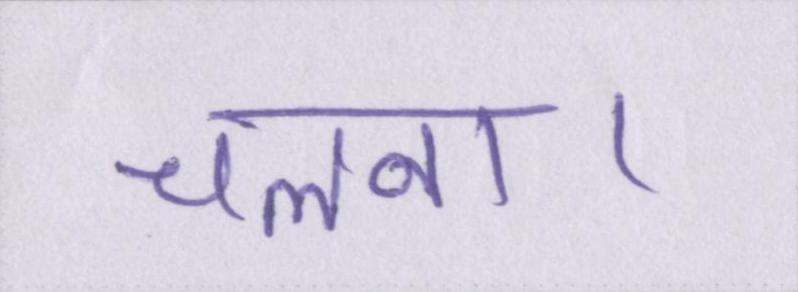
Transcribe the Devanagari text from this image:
चलना।